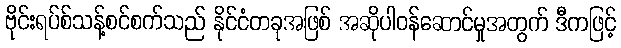
ဗိုင်းရပ်စ်သန့်စင်စက်သည် နိုင်ငံတခုအဖြစ် အဆိုပါဝန်ဆောင်မှုအတွက် ဒီကဖြင့်